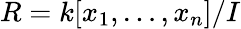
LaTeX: R=k[x_{1},\ldots,x_{n}]/I